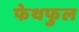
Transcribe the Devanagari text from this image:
फेथफुल